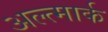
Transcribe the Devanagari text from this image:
अल्त्मार्क